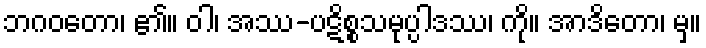
ဘဂဝတော၊ ၏။ ဝါ၊ အဿ-ပဋိစ္စသမုပ္ပါဒဿ၊ ကို။ အာဒိတော၊ မှ။